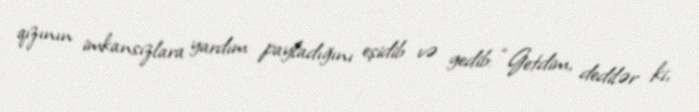
qızının imkansızlara yardım payladığını eşidib və gedib: “Getdim, dedilər ki,